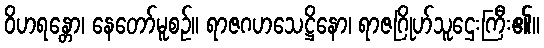
ဝိဟရန္တော၊ နေတော်မူစဉ်။ ရာဇဂဟသေဋ္ဌိနော၊ ရာဇဂြိုဟ်သူဌေးကြီး၏။